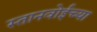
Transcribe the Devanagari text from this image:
स्तानवोईच्या